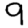
Digit: 9